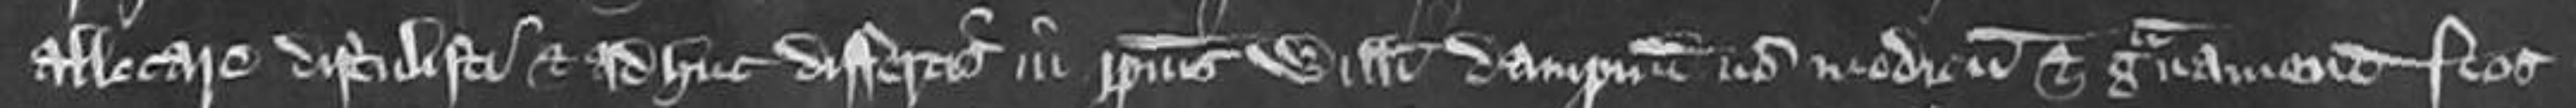
allocare distulisti et adhuc differtis in ipsius WillelmI dampnum non modicum et gravamen. nos